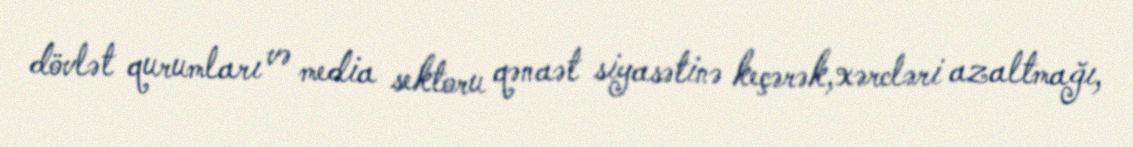
dövlət qurumları və media sektoru qənaət siyasətinə keçərək,xərcləri azaltmağı,